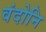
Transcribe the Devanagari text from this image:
वंदोनि